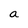
Character: a